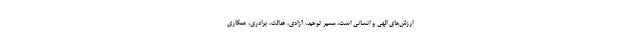
ارزش‌های الهی و انسانی است، مسیر توحید، آزادی، عدالت، برادری، همکاری